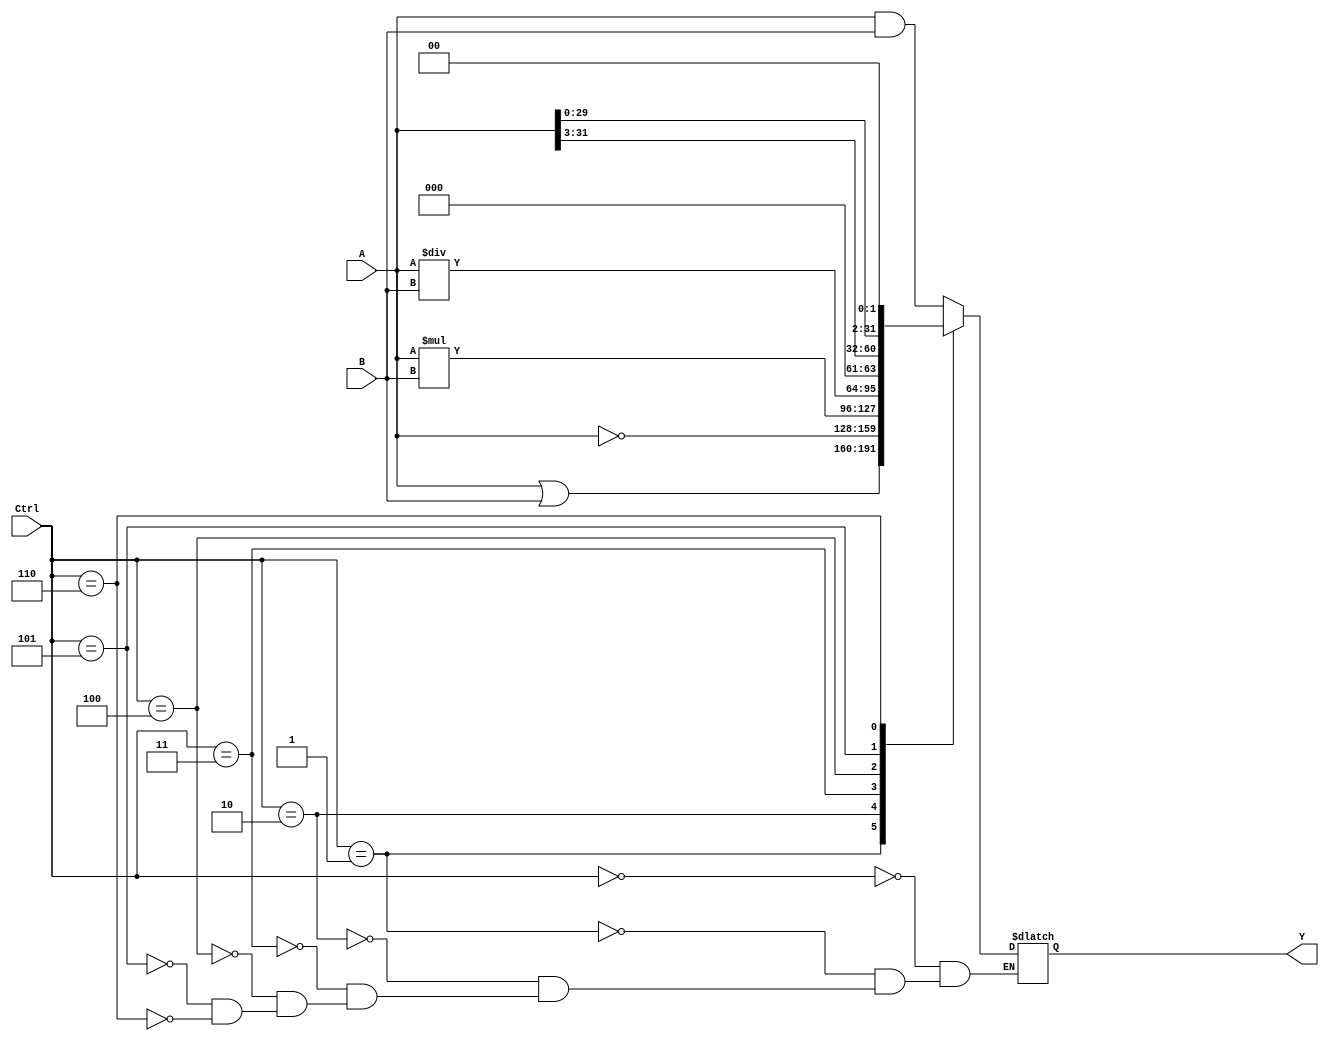
module ALU(A,B,Y,Ctrl);
   
    input [31:0] A;
    input [31:0] B;
    input [4:0] Ctrl;
    output [31:0] Y;
    reg [31:0] Y;
    
    always@*
        begin
            case(Ctrl)
                4'b0000: Y <= A&B;   //AND Operation.
                4'b0001: Y <= A|B;   //OR Operation.
                4'b0010: Y <= ~A;      //NOT Operation.
                4'b0011: Y <= A * B;   //Multiplication.
                4'b0100: Y <= A / B;   //Division.
                4'b0101: Y <= A>>3;  //Right Shift Operation.
                4'b0110: Y <= A<<2;  //Left Shift Operation
                //4'b0000: Y <= A + B; //Addition with R-type and I-type ISA.
                //4'b0000: Y <= A + B; //Subtraction with R-type and I-type ISA.             
            endcase
        end
    
endmodule